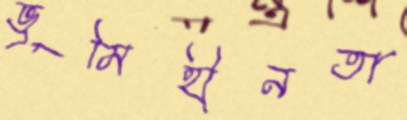
ভূমিহীনতা